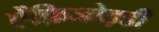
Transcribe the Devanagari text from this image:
ऐंफ़िजोइडी